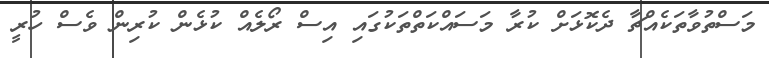
މަސްތުވާތަކެއްޗާ ދެކޮޅަށް ކުރާ މަސައްކަތްތަކުގައި އިސް ރޯލެއް ކުޅެން ކުރިން ވެސް ހުރީ